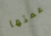
عمتها